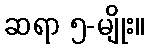
ဆရာ ၅-မျိုး။